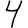
Digit: 4